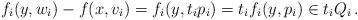
LaTeX: \begin{align*}f_i(y,w_i)-f(x,v_i)=f_i(y,t_ip_i)=t_if_i(y,p_i)\in t_i Q_i\,.\end{align*}